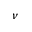
\nu